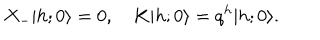
LaTeX: X _ { - } \vert h ; 0 \rangle = 0 , \quad K \vert h ; 0 \rangle = q ^ { h } \vert h ; 0 \rangle .